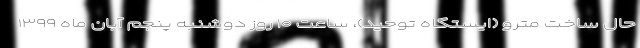
حال ساخت مترو (ایستگاه توحید)، ساعت ۱۰ روز دوشنبه پنجم آبان ماه ۱۳۹۹